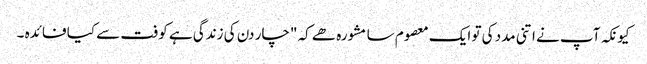
کیونکہ آپ نے اتنی مدد کی تو ایک معصوم سا مشورہ ھے کہ "چار دن کی زندگی ہے کوفت سے کیا فائدہ ۔